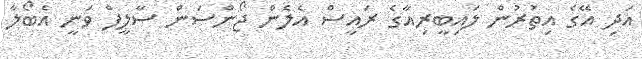
އަދި އޭގެ އިތުރުން ލައިބީރިއާގެ ރައީސް އެލެން ޖޯންސަން ސާލީފް ވަނީ އެބޯލާ